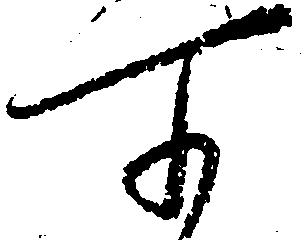
所